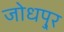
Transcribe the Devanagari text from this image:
जोधपु्र